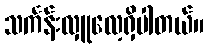
သင်္ကန်းလှူလေ့ရှိပါတယ်။